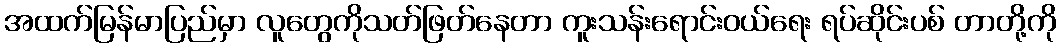
အထက်မြန်မာပြည်မှာ လူတွေကိုသတ်ဖြတ်နေတာ ကူးသန်းရောင်းဝယ်ရေး ရပ်ဆိုင်းပစ် တာတို့ကို